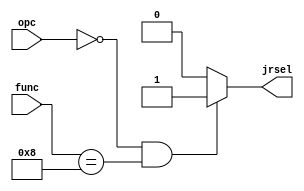
// Fall 2016, Computer Architecture

module JRcontrol(opc, func, jrsel);
  input [5:0] opc, func;
  output jrsel;
  assign jrsel = (opc == 6'b0 && func == 6'b001000) ? 1'b1 : 1'b0;
endmodule